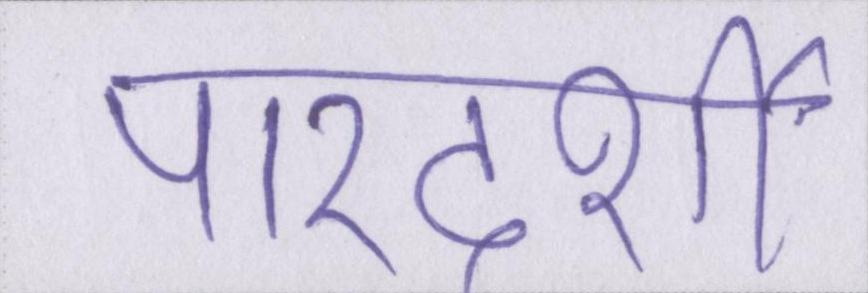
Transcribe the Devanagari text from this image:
पारदर्शी